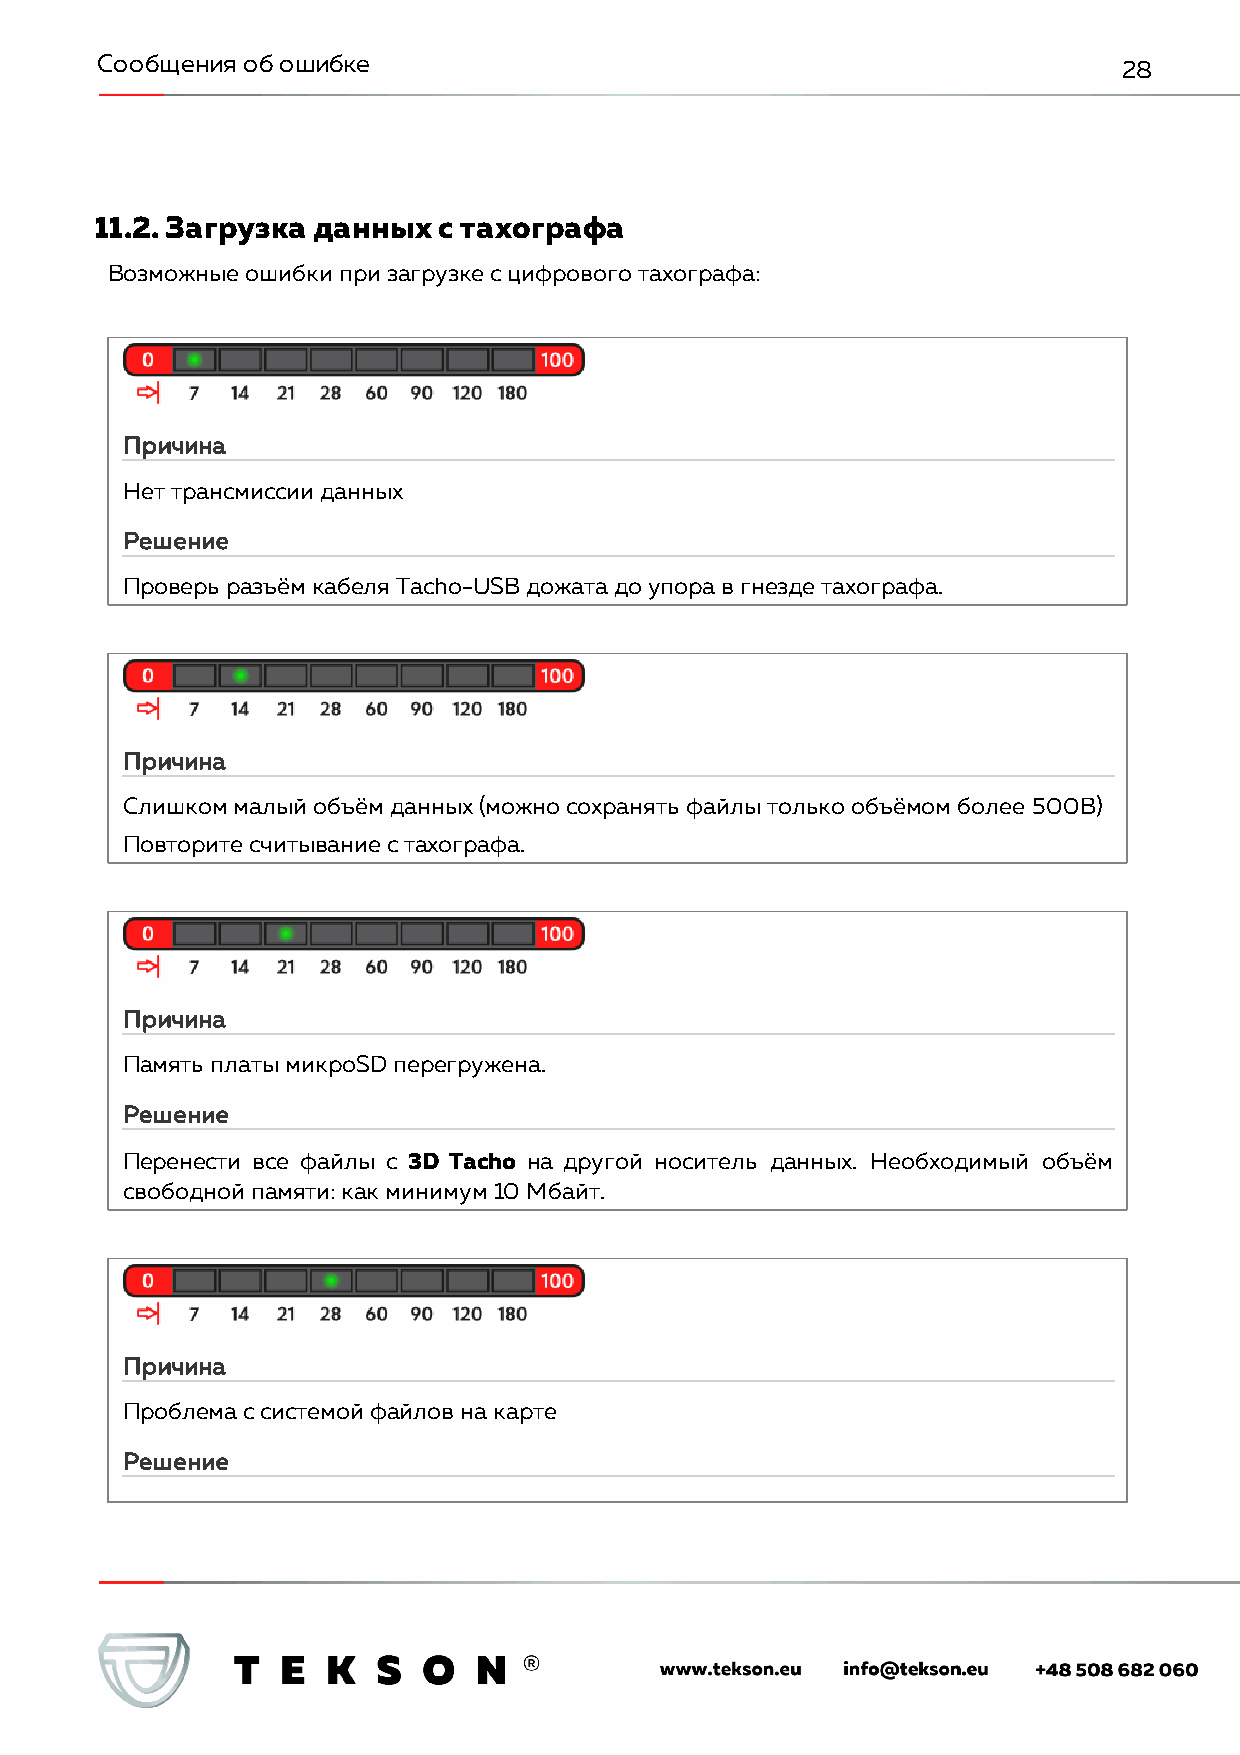
Сообщения об ошибке                                                 28
 11.2. Загрузка данных  с тахографа
 Возможные ошибки при загрузке с цифрового тахографа:
 Причина
 Нет трансмиссии данных
 Решение
 Проверь разъём кабеля Tacho-USB дожата до упора в гнезде тахографа.
 Причина
 Слишком малый объём данных (можно сохранять файлы только объёмом более 500B)
 Повторите считывание с тахографа.
 Причина
 Память платы микроSD перегружена.
 Решение
 Перенести все файлы с 3D Tacho на другой носитель данных. Необходимый объём
 свободной памяти: как минимум 10 Мбайт.
 Причина
 Проблема с системой файлов на карте
 Решение